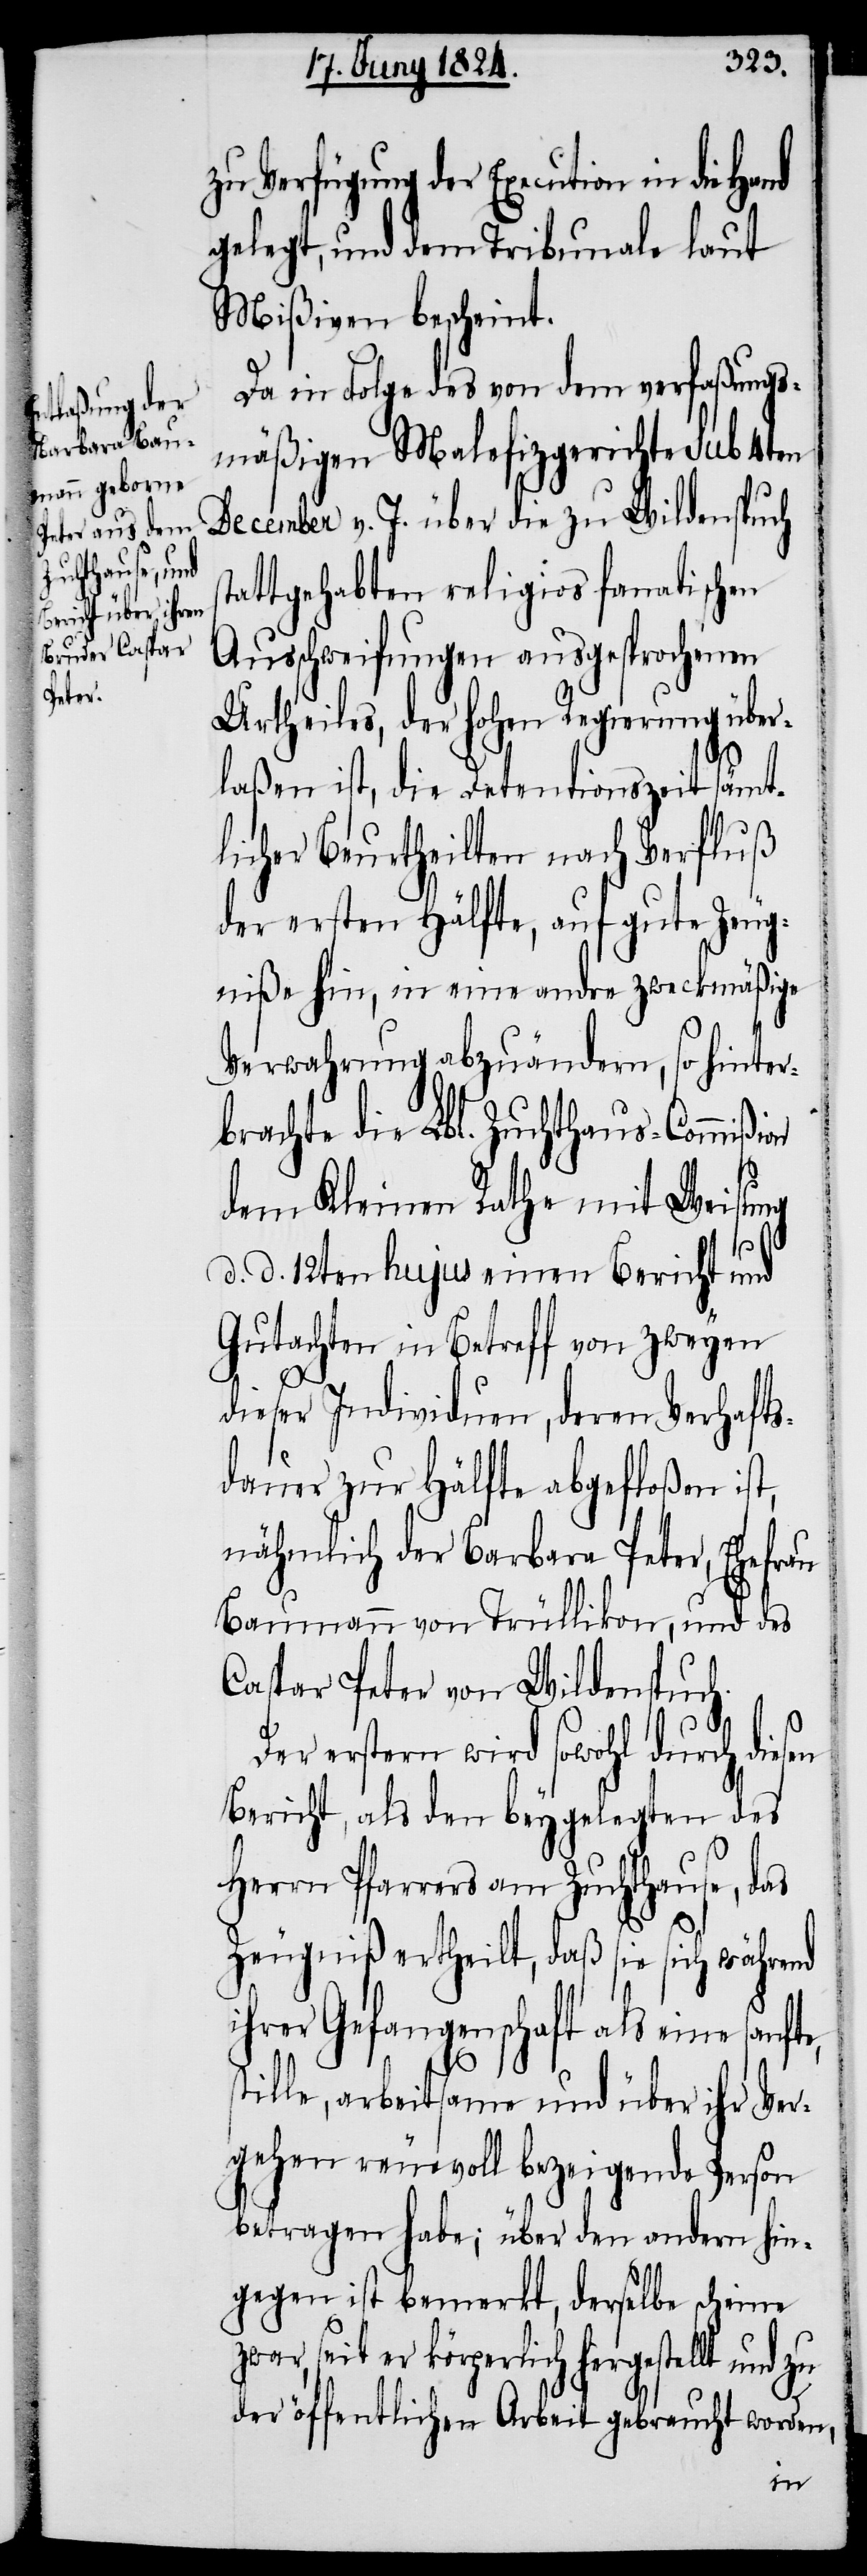
zu Verfügung der Execution in die Hand
gelegt, und dem Tribunale laut
Mißiven bescheint.
Da in Folge des von dem verfaßungs¬
mäßigen Malefizgerichte sub 4ten
December v. J. über die zu Wildenspuch
attgehabten religios fanatischen
Ausschweifungen ausgesprochenen
Urtheiles, der hohen Regierung über¬
seit
laßen ist, die Detensionszeit sämt¬
licher Beurtheilten nach Verfluß
der ersten Hälfte, auf gute Zeug¬
niße hin, in eine andre zweckmäßige
Verwahrung abzuändern, so hinter¬
brachte die Lbl. Zuchthaus-Commißion
dem Kleinen Rathe mit Weisung
s¬
d. d. 12ten hujus einen Bericht und
Gutachten in Betreff von zweyen
dieser Individuen, deren Verhafts¬
dauer zur Hälfte abgefloßen ist,
nähmlich der Barbara Peter, Ehefrau
Baumann von Trüllikon, und des
Caspar Peter von Wildenspuch.
Der erstern wird sowohl durch diesen
Bericht, als dem beygelegten des
Herrn Pfarrers am Zuchthause, das
Zeugniß ertheilt, daß sie sich während
ihrer Gefangenschaft als eine sanfte,
tille, arbeitsame und über ihr Ver¬
gehen reuevoll bezeigende Person
betragen habe; über den andern hin¬
gegen ist bemerkt, derselbe scheine
er körperlich hergestellt und
zu öffentlichen Arbeit gebraucht worden,